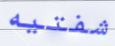
شفتيه